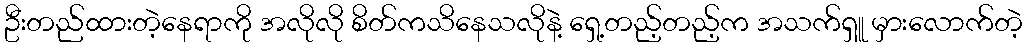
ဦးတည်ထားတဲ့နေရာကို အလိုလို စိတ်ကသိနေသလိုနဲ့ ရှေ့တည့်တည့်က အသက်ရှူ မှားလောက်တဲ့